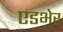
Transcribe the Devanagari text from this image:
एडभेर